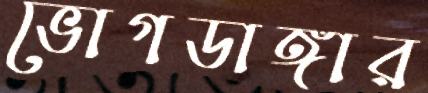
ভোগডাঙ্গার